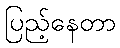
ပြည့်နေတာ